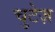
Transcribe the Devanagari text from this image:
चुटेज़